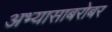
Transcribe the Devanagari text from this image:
अभ्यासाबरोबर